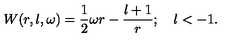
W ( r , l , \omega ) = \frac { 1 } { 2 } \omega r - \frac { l + 1 } { r } ; \quad l < - 1 .